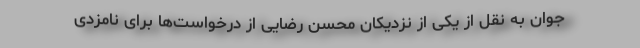
جوان به نقل از یکی از نزدیکان محسن رضایی از درخواست‌ها برای نامزدی